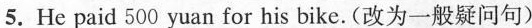
5.He paid 500 yuan for his bike. (改为一般疑问句)